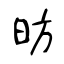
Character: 昉